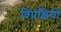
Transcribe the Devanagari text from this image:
विपक्षियो